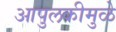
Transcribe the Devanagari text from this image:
आपुलकीमुळे